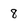
Character: 8